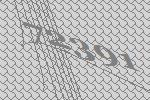
72391